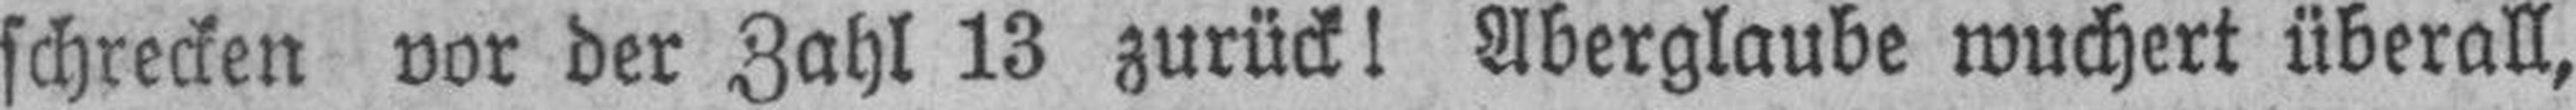
schrecken vor der Zahl 13 zurück I Aberglaube wuchert überall,